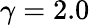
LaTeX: \gamma=2.0